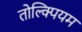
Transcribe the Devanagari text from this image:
तोल्क्पियम